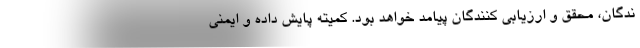
ندگان، محقق و ارزیابی کنندگان پیامد خواهد بود. کمیته پایش داده و ایمنی